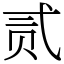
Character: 贰